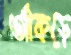
আঁকড়ে